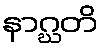
နာဂ္ဃတိ